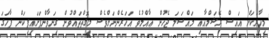
މިހާރަކަށް އައިސް ރޭޝަމްއާއި މައްސަލަ ޖެހުން ޢާއްމުވެ އަހަރެންނަށްވެސް މިގޮތްތައްވުން ގިނަވާންފަށައިފިކަން ފާހަގަ